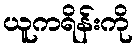
ယူကရိန်းကို